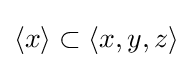
\langle x\rangle \subset \langle x,y,z\rangle